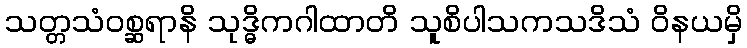
သတ္တသံဝစ္ဆရာနိ သုဒ္ဓိကဂါထာတိ သူစိပါသကသဒိသံ ဝိနယမှိ